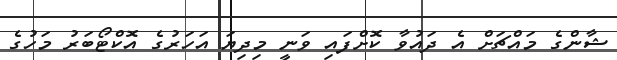
ޝާންގެ މައްޗަށް އެ ދައުވާ ކޮށްފައި ވަނީ މިދިޔަ އަހަރުގެ އޮކްޓޯބަރު މަހުގެ